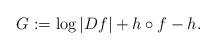
LaTeX: \begin{align*}G:=\log|Df|+h\circ f-h.\end{align*}